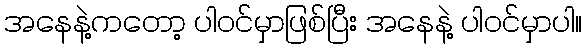
အနေနဲ့ကတော့ ပါဝင်မှာဖြစ်ပြီး အနေနဲ့ ပါဝင်မှာပါ။